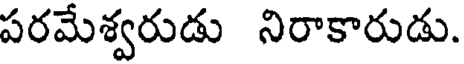
పరమేశ్వరుడు నిరాకారుడు.